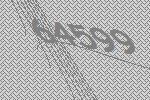
64599